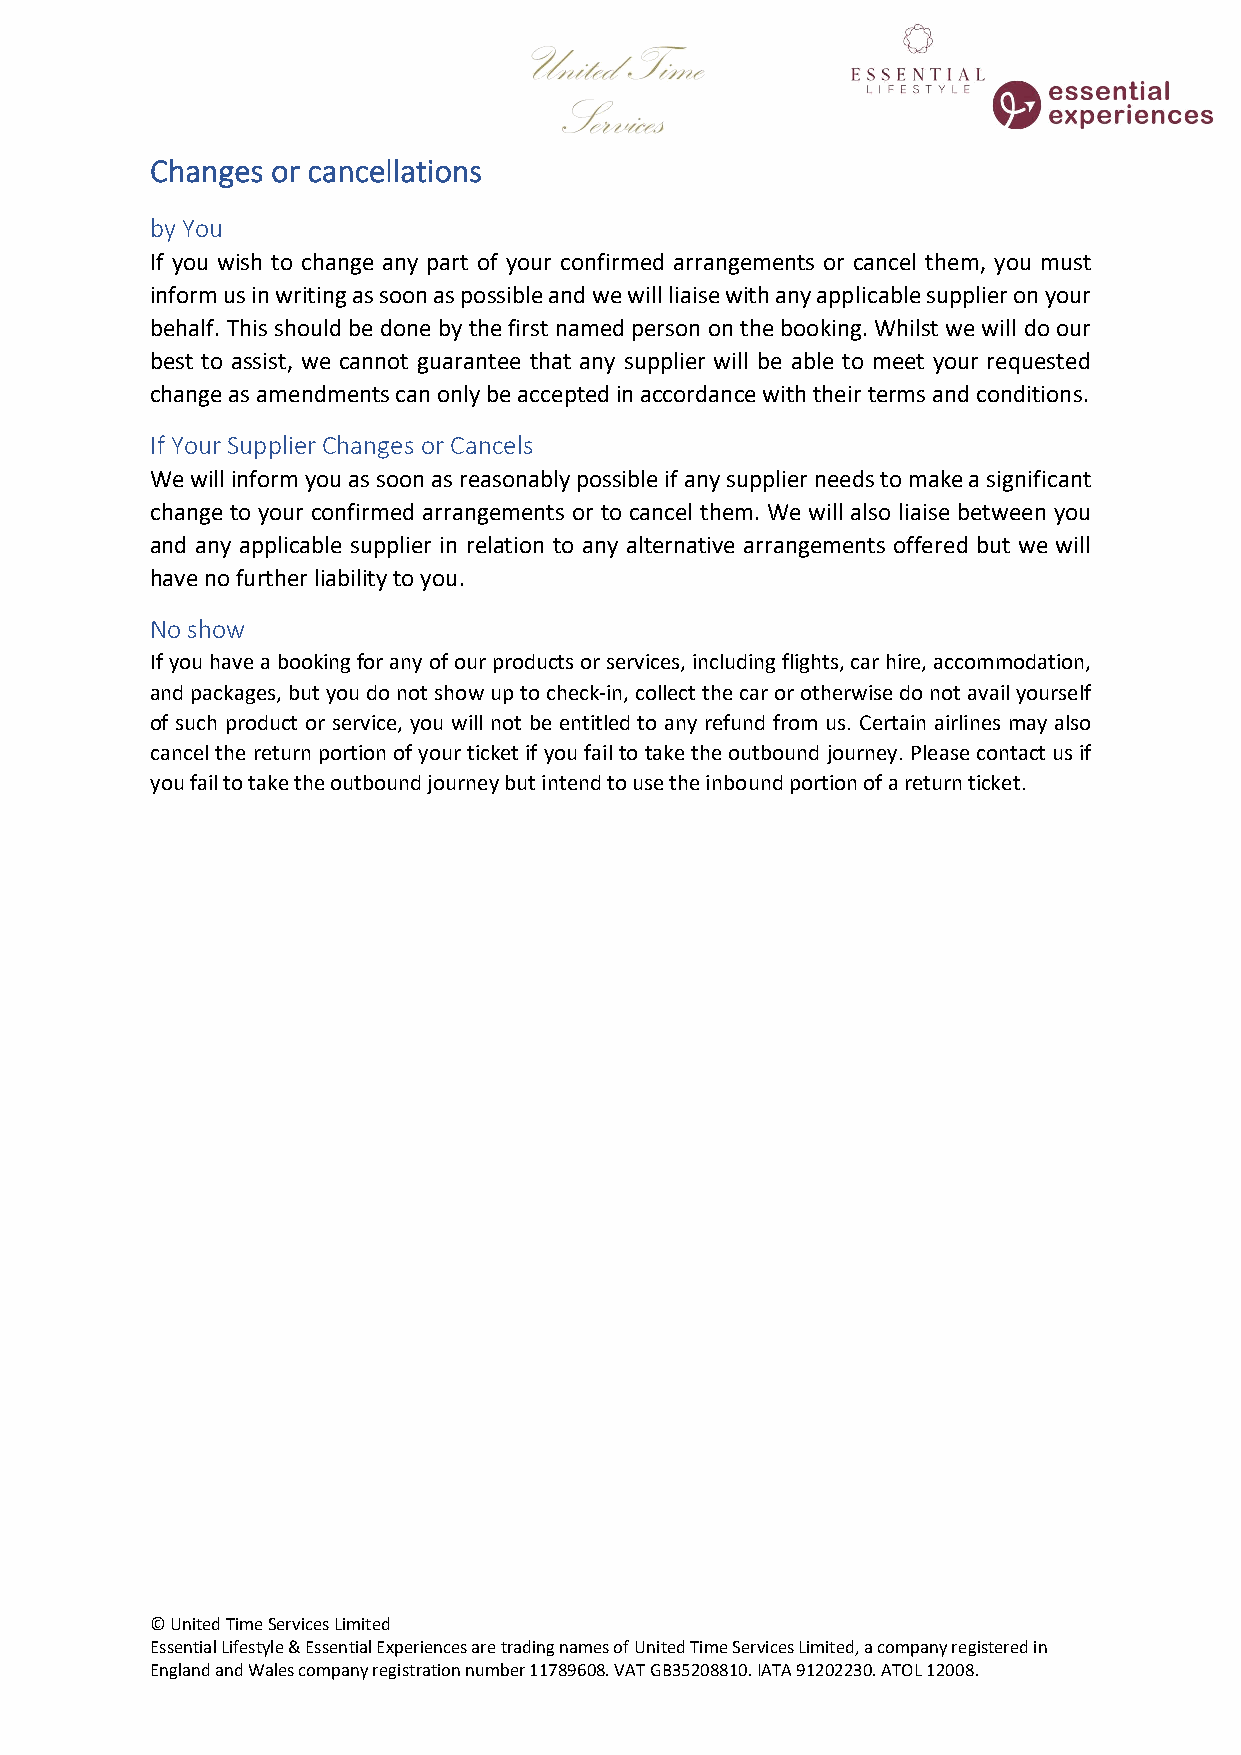
Changes or cancellations
 by You
 If you wish to change any part of your confirmed arrangements or cancel them, you must
 inform us in writing as soon as possible and we will liaise with any applicable supplier on your
 behalf. This should be done by the first named person on the booking. Whilst we will do our
 best to assist, we cannot guarantee that any supplier will be able to meet your requested
 change as amendments can only be accepted in accordance with their terms and conditions.
 If Your Supplier Changes or Cancels
 We will inform you as soon as reasonably possible if any supplier needs to make a significant
 change to your confirmed arrangements or to cancel them. We will also liaise between you
 and any applicable supplier in relation to any alternative arrangements offered but we will
 have no further liability to you.
 No show
 If you have a booking for any of our products or services, including flights, car hire, accommodation,
 and packages, but you do not show up to check-in, collect the car or otherwise do not avail yourself
 of such product or service, you will not be entitled to any refund from us. Certain airlines may also
 cancel the return portion of your ticket if you fail to take the outbound journey. Please contact us if
 you fail to take the outbound journey but intend to use the inbound portion of a return ticket.
 © United Time Services Limited
 Essential Lifestyle & Essential Experiences are trading names of United Time Services Limited, a company registered in
 England and Wales company registration number 11789608. VAT GB35208810. IATA 91202230. ATOL 12008.